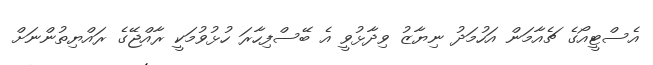
އެސްޓީއޯގެ ޗެއާމަން އަހުމަދު ނިޔާޒު ވިދާޅުވީ އެ ބޭސްފިހާރަ ހުޅުވުމަކީ ރާއްޖޭގެ ރައްޔިތުންނަށް